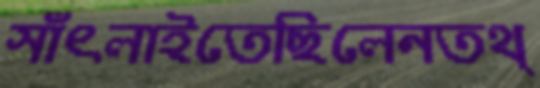
সাঁৎলাইতেছিলেনতথ্